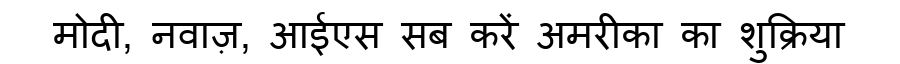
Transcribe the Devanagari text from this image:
मोदी, नवाज़, आईएस सब करें अमरीका का शुक्रिया